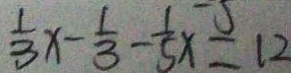
\frac { 1 } { 3 } x - \frac { 1 } { 3 } - \frac { 1 } { 5 } x = 1 2